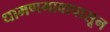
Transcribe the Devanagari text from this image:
धामणगावापासून